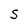
Character: S